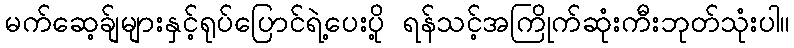
မက်ဆေ့ခ်ျများနှင့်ရုပ်ပြောင်ရဲ့ပေးပို့ ရန်သင့်အကြိုက်ဆုံးကီးဘုတ်သုံးပါ။